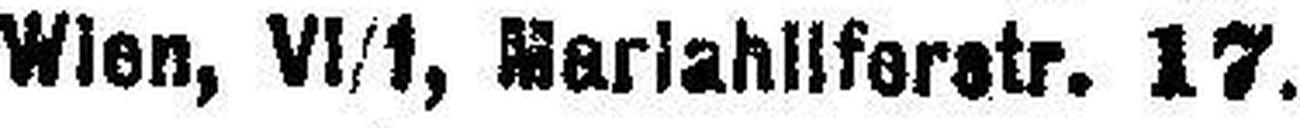
Wien, VI/1, Mariahllferstr. 17.